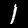
Label: 1